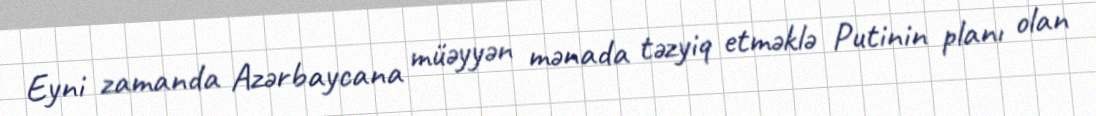
Eyni zamanda Azərbaycana müəyyən mənada təzyiq etməklə Putinin planı olan